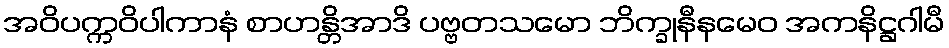
အဝိပက္ကဝိပါကာနံ စာဟန္တိအာဒိ ပဗ္ဗတသမော ဘိက္ခုနီနမေဝ အကနိဋ္ဌဂါမီ